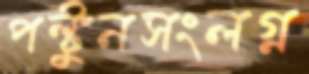
পল্টুনসংলগ্ন